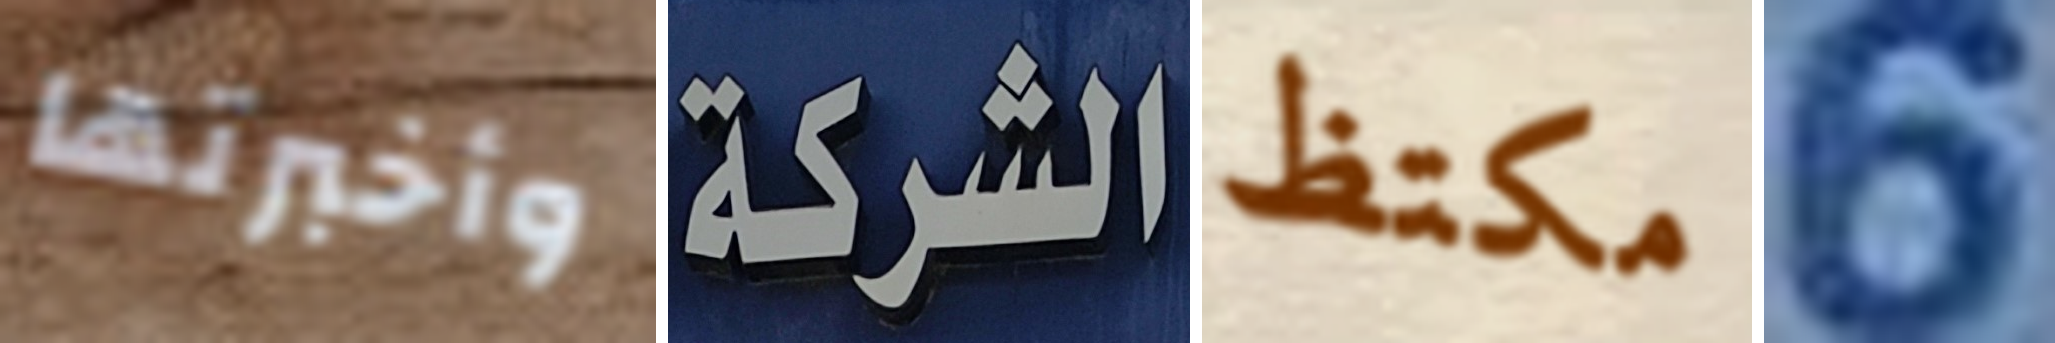
وأخبرتها الشركة مكتظ 6